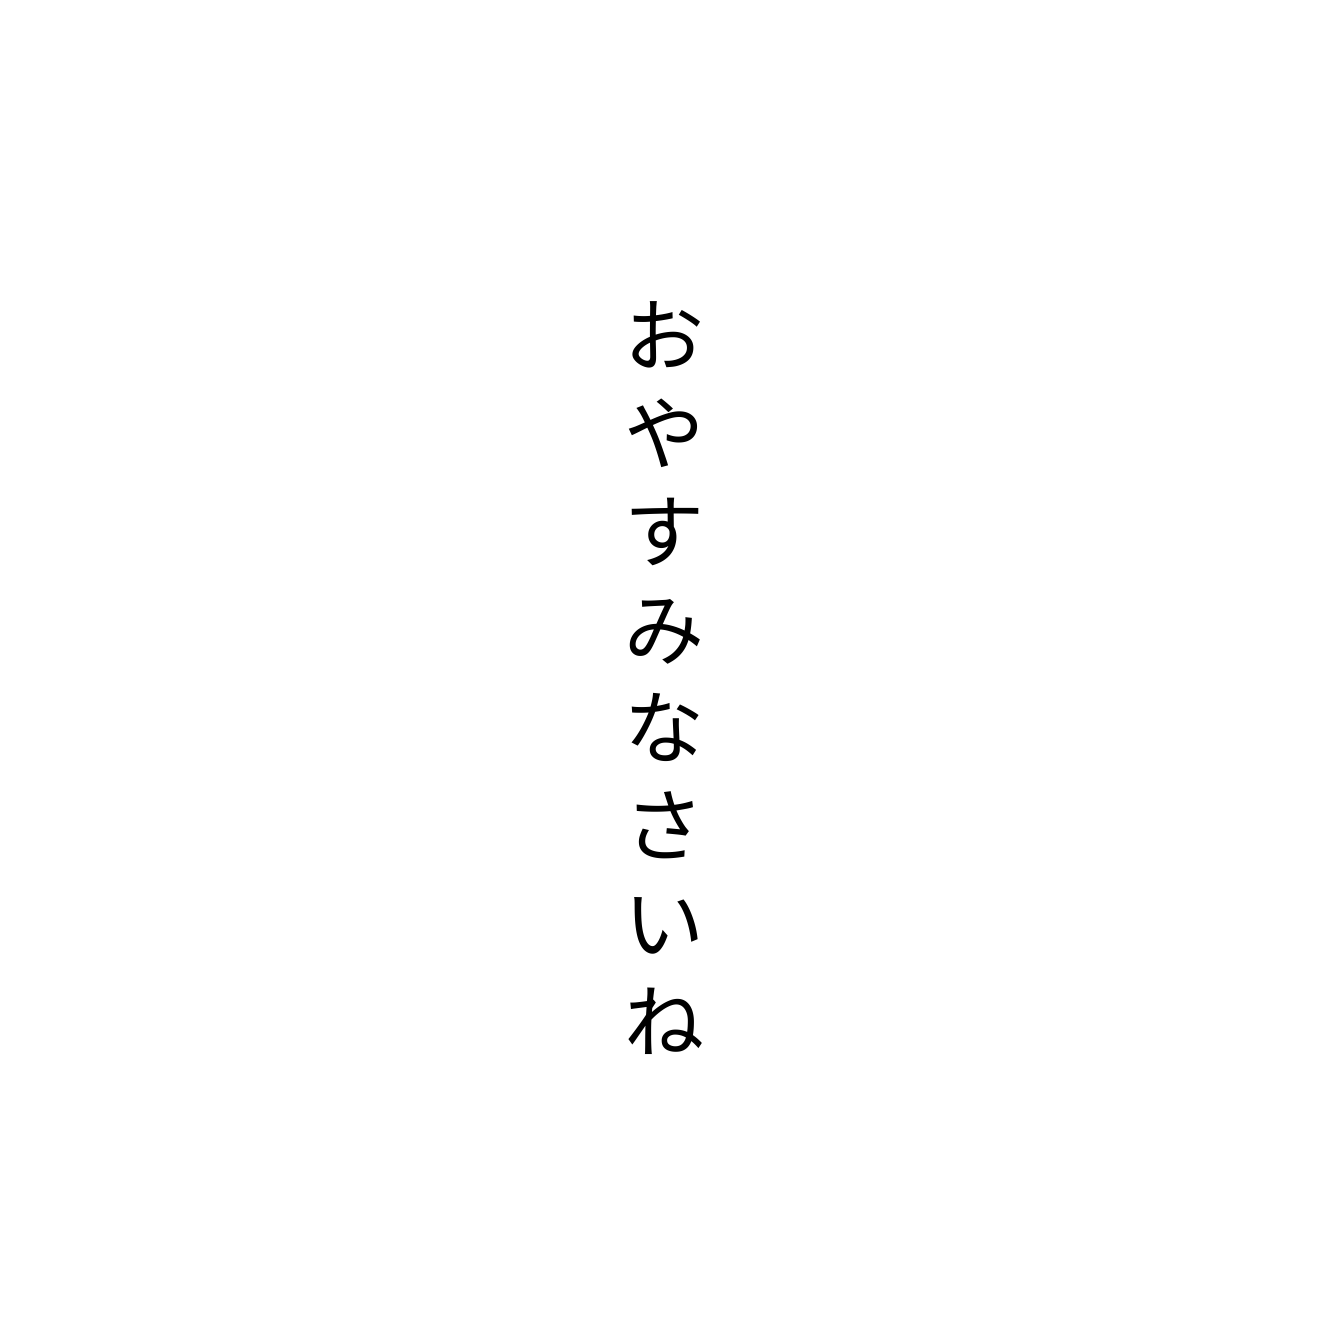
おやすみなさいね